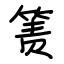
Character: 箦